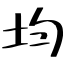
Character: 均